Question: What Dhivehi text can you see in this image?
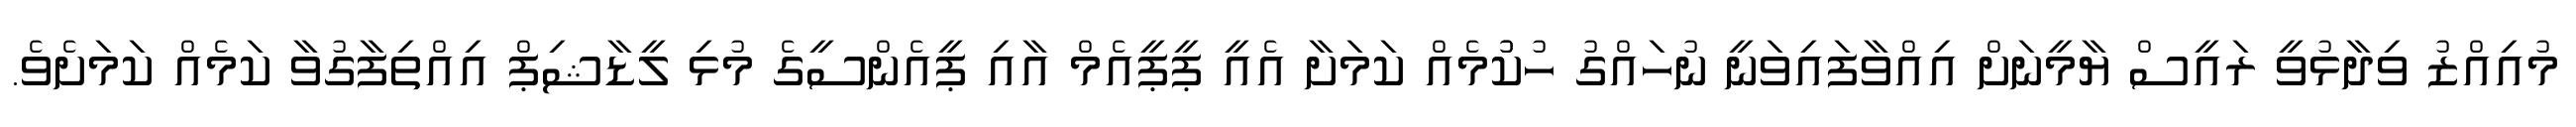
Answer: މުއިއްޒު ވިދާޅުވީ ރައީސް ޔާމީނަށް އިއްވާފައިވަނީ ނުހައްގު ހުކުުމެއް ކަމަށާ އެއީ ޕީޕީއެމް އާއި ޕީއެންސީގެ މުޅި ލީޑާޝިޕް އިއްތިފާގުވާ ކަމެއް ކަމަށެވެ.